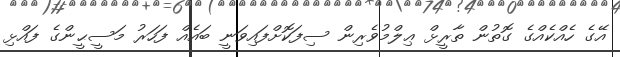
އޭގެ ހެއްކެއްގެ ގޮތުން ތާރީޅް ޢިލްމުވެރިން ސިފަކޮށްފައިވަނީ ބައެއް ފަހަރު މަސީޙީންގެ ފައްޅި